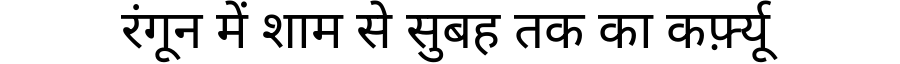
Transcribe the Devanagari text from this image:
रंगून में शाम से सुबह तक का कर्फ़्यू